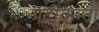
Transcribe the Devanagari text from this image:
पदाकन्दा